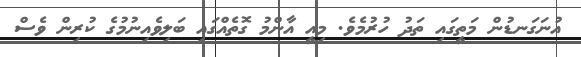
އުނަގަނޑުން މަތީގައި ތަދު ހުރުމެވެ. މިއީ އާންމު ގޮތެއްގައި ބަލިވެއިނުމުގެ ކުރިން ވެސް